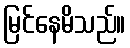
မြင်နေမိသည်။